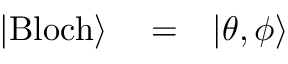
\begin{array} { r l r } { | \mathrm { B l o c h } \rangle } & { { } = } & { | \theta , \phi \rangle } \end{array}